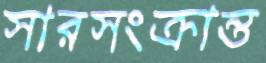
সারসংক্রান্ত